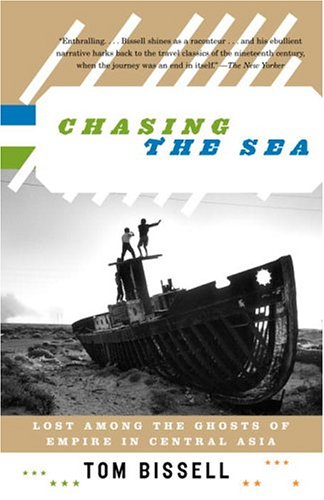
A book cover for Chasing the Sea: Lost Among the Ghosts of Empire in Central Asia; Tom Bissell; Travel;